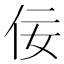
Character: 佞